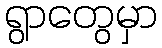
ရွာတွေမှာ